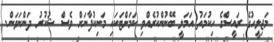
މަޖިލީހުގެ ރައީސްގެ ހިކުމަތު އަމަލީ ބޭނުންކުރެއްވި ކަމަށްޓަކައި މަނިކުފާނަށް ވެސް ޝުކުރު ދަންނަވަން.